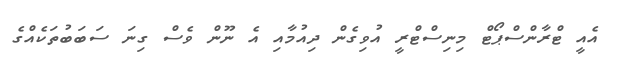
އެއީ ޓްރާންސްޕޯޓް މިނިސްޓްރީ އުވިގެން ދިއުމާއި އެ ނޫން ވެސް ގިނަ ސަބަބުތަކެއްގެ